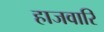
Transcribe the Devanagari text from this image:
हाजवारि